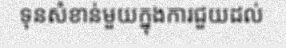
ទុនសំខាន់មួយក្នុងការជួយដល់